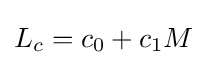
L_{c}=c_{0}+c_{1}M